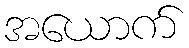
အယောက်